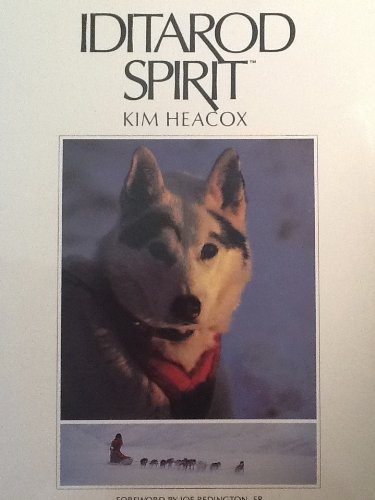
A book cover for Iditarod Spirit; Kim Heacox; Sports & Outdoors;